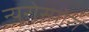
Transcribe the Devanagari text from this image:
न्यूरोस्पोरा